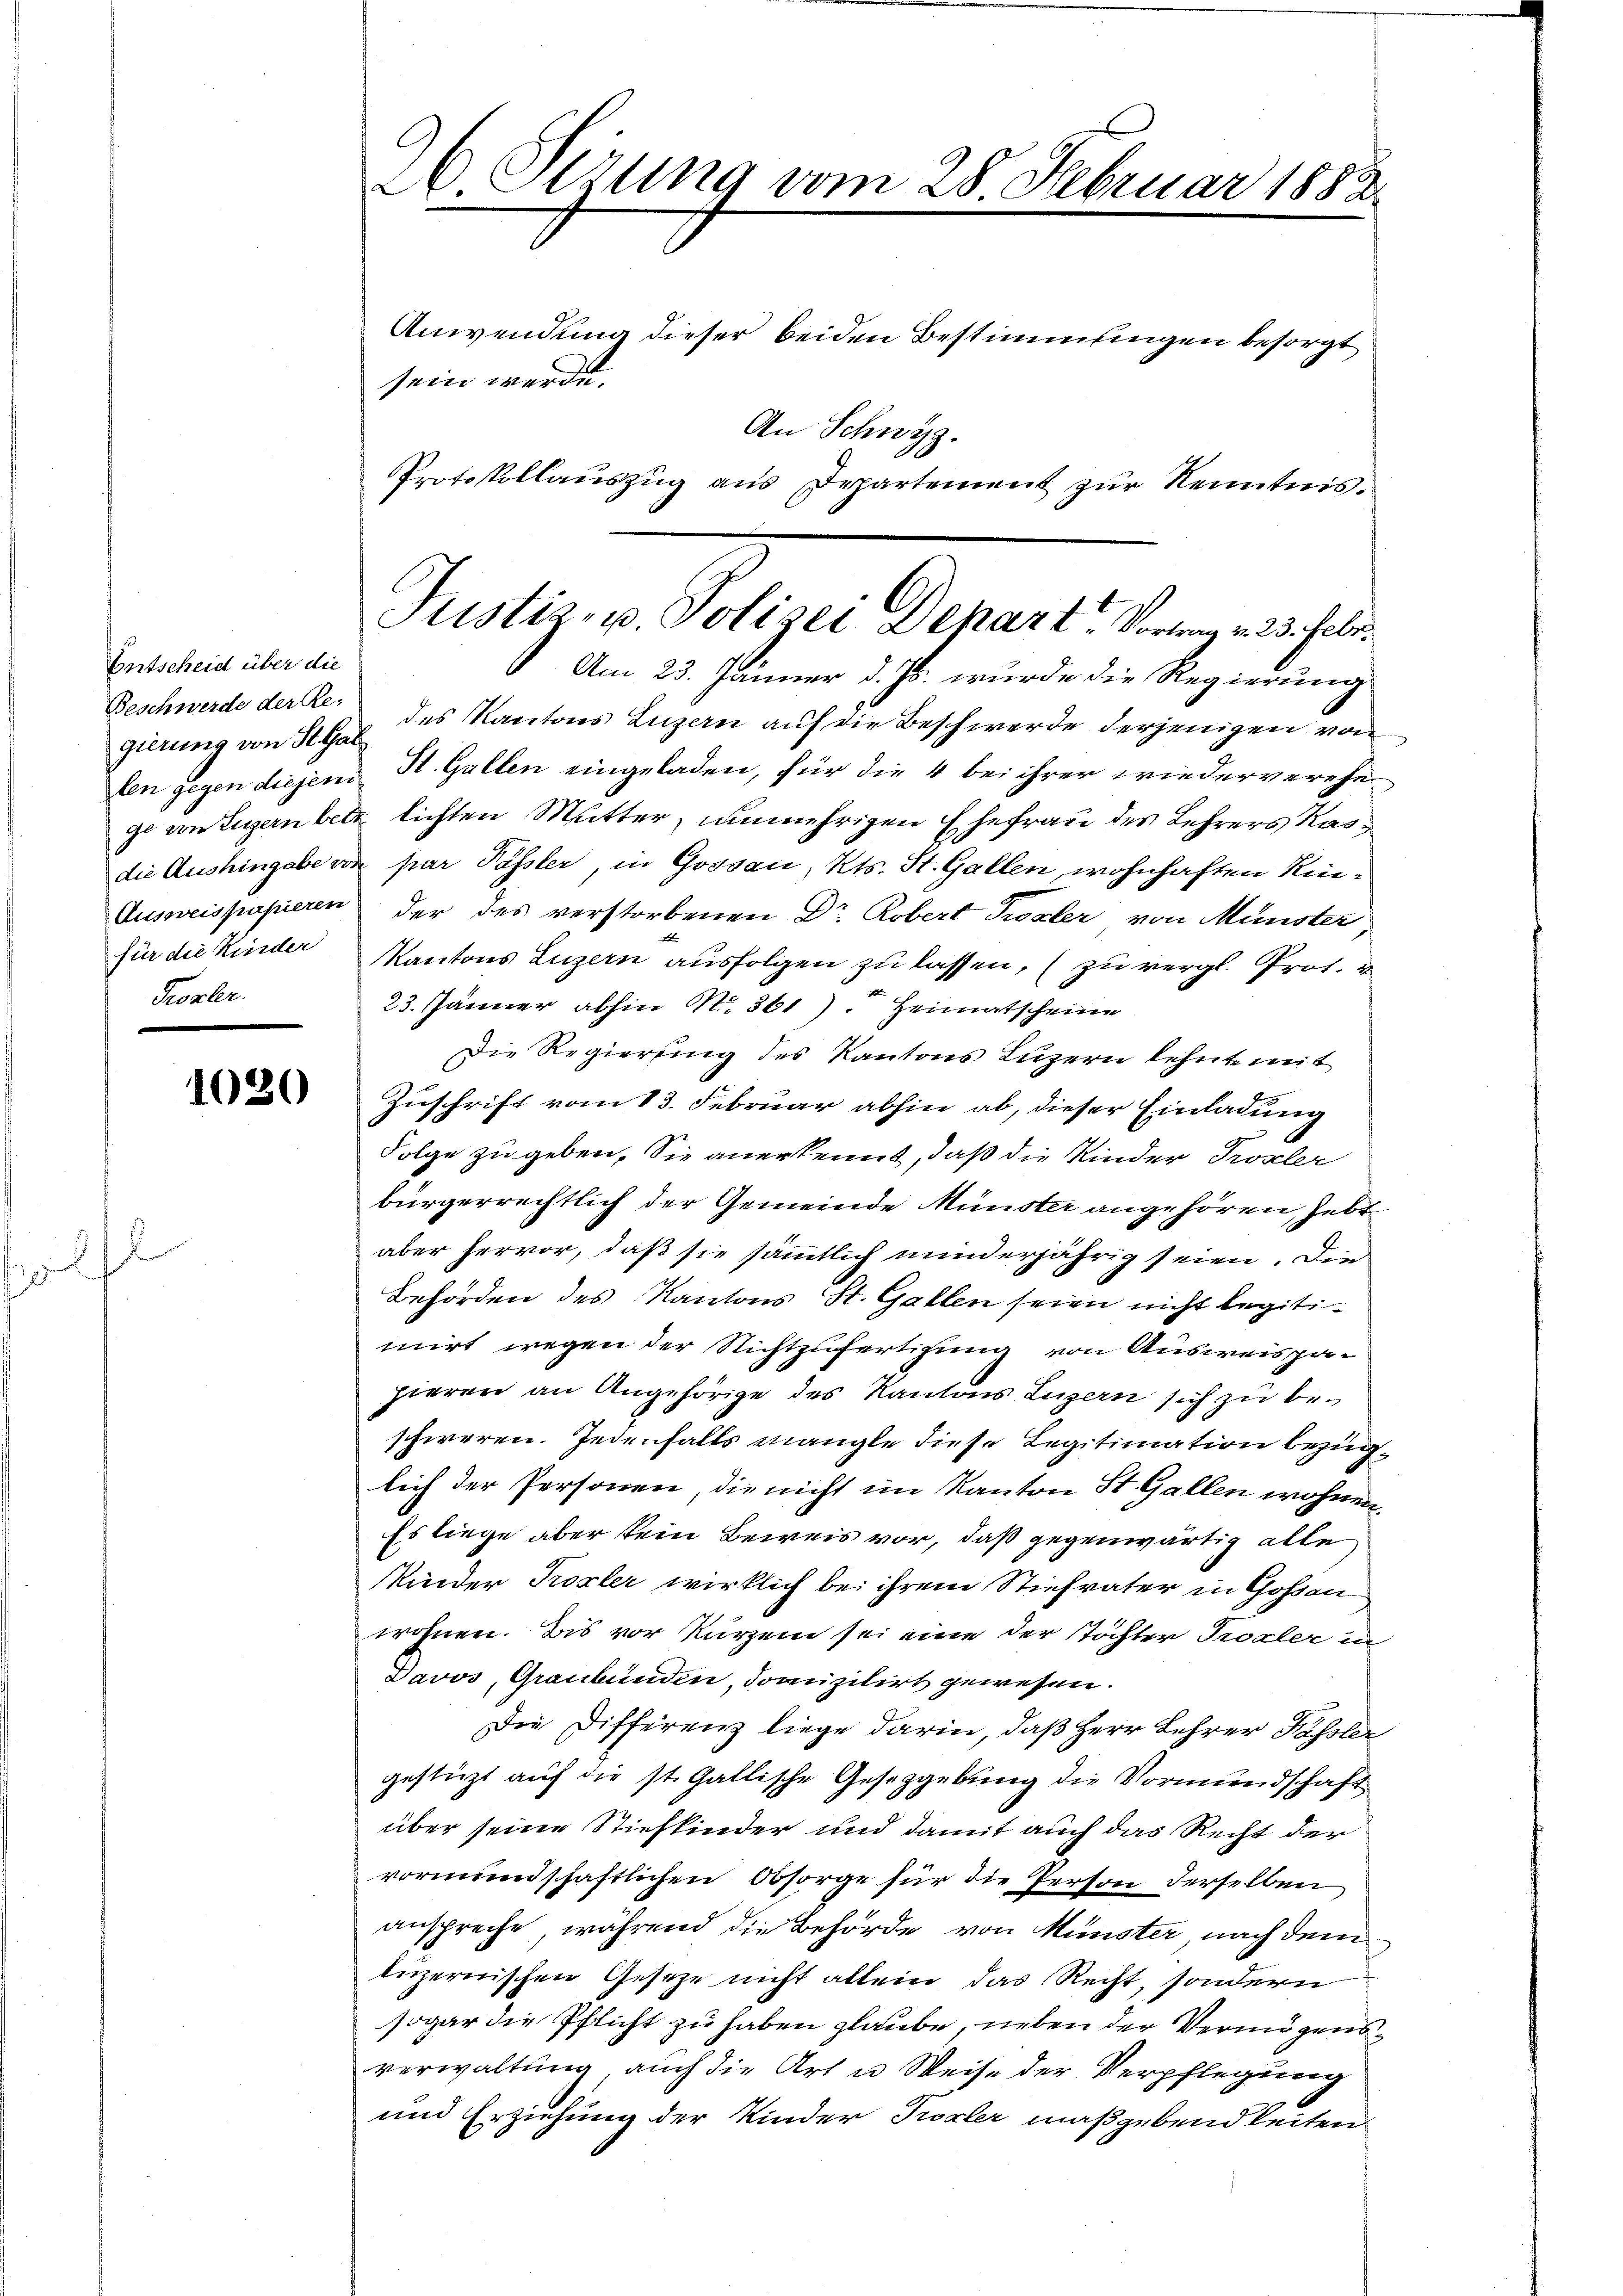
2
5

Entscheid über die
Beschwerde der Re-
gierung von St. Gal
die Aushingabe vo
Ausweispapieren
für die Kinder
Frozler.

f

l

1030

26 Stzung vom 28. Februar 1882

Anwendung dieser beiden Bestimmungen besorgt
sein werde.
An Schwyz.
Protokollauszug aus Departement zur Kenntnis.

Am 23. Jänner d. Js. wurde die Regierung
des Kantons Luzern auf die Beschwerde derjenigen von
len gegen diejeni St. Gallen eingeladen, für die 4 bei ihrer wiederverehe
je an Luzern betz lichten Mutter, unmehrigen Ehefrau des Lehrers Kas¬
u par Passler, in Gossau, Kts. St. Gallen, wohnhaften Kinder des verstorbenen Dr Robert Toxler von Münster
Kantons Luzern ausfolgen zu lassen, (zu vergl. Prof.
23. Jänner abhin N. 361) Heimatscheine
Die Regierung des Kantons Luzern lehnte mit
Zuschrift vom 13. Februar abhin ab, dieser Einladung
Folge zu geben. Sie anerkennt, daß die Kinder Tropeler
bürgerrechtlich der Gemeinde Münster angehören, hebr
aber hervor, daß sie sämmtlich minderjährig seien. Die
Behörden des Kantons St. Gallen seien nicht legitimirt wegen der Nichtzufertigung von Ausweispapieren an Angehörige des Kantons Luzern sich zu beschweren. Jedenfalls mangle diese Legitimation bezüglich der Personen, die nicht im Kanton St. Gallen wohnen.
Es liege aber kein Beweis vor, daß gegenwärtig alle
Kinder Prozler wirklich bei ihrem Stiefvater in Goßau
wohnen. Bis vor kurzem sei eine der Töchter Prozler in
Davos, Graubünden, domizilirt gewesen.
Die Differenz liege darin, daß Herr Lehrer Fassler
gestüzt auf die st. Gallische Gesetzgebung die Vormundschaft
über seine Stiefkinder und damit auch das Recht der
vormundschaftlichen Obsorge für die Person derselben
anspreche, während die Behörde von Münster nach dem
luzernischen Gesetze nicht allein das Recht, sondern
sogar die Pflicht zu haben glaube, neben der Vermögensverwaltung auch die Art u Weise der Verpflegung
und Erziehung der Kinder Troxler maßgebend leiten

Justiz- u. Polizei Depart. Vortrag v. 23. Febr.